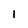
Character: 1